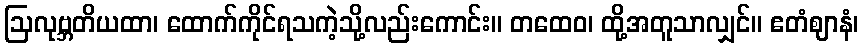
ဩလုဗ္ဘတိယထာ၊ ထောက်ကိုင်ရသကဲ့သို့လည်းကောင်း။ တထေဝ၊ ထို့အတူသာလျှင်။ ဧတံဈာနံ၊